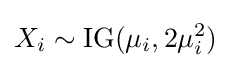
X_{i}\sim \operatorname {IG} (\mu _{i},2\mu _{i}^{2})